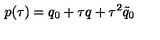
p ( \tau ) = q _ { 0 } + \tau q + \tau ^ { 2 } \tilde { q } _ { 0 }